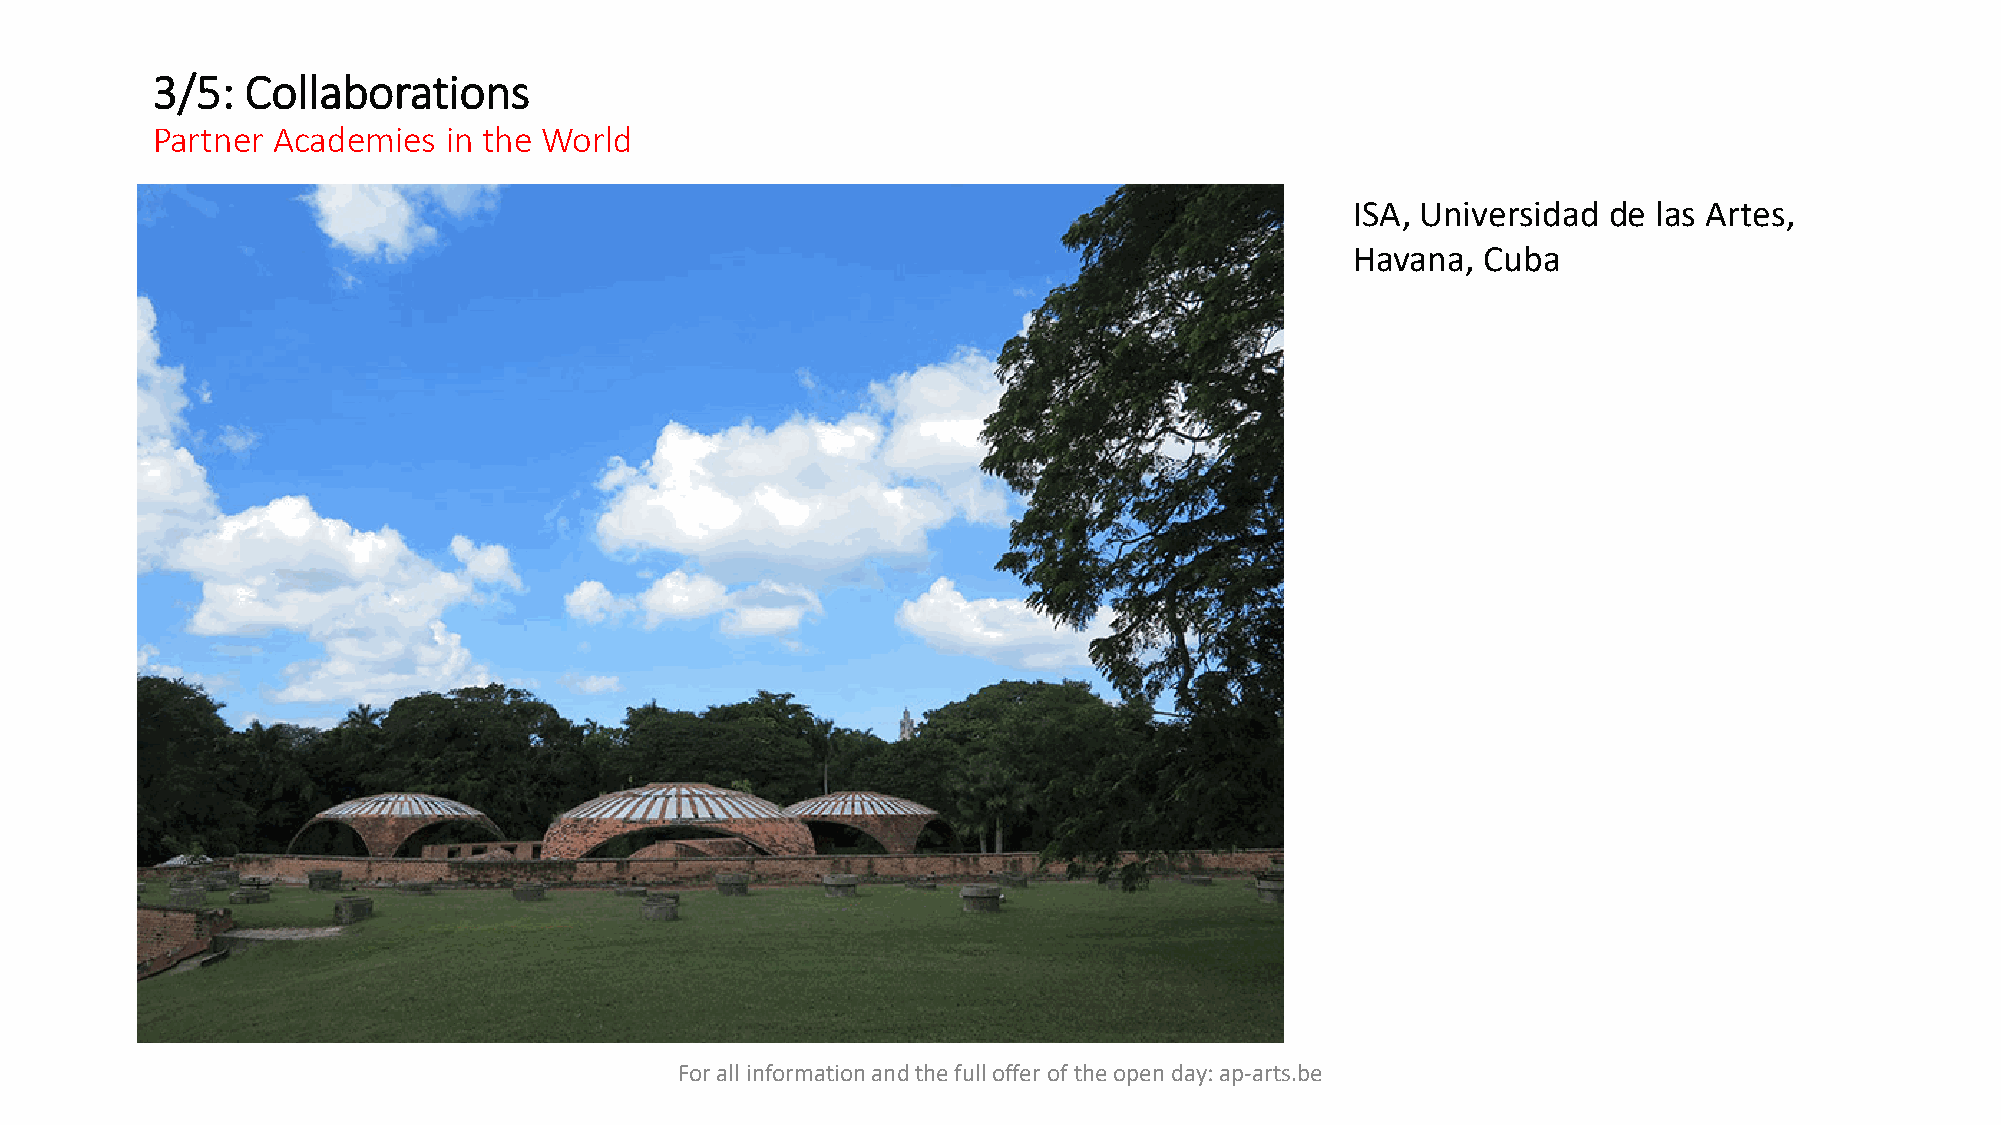
3/5:  Collaborations
 Partner Academies  in the World
 ISA, Universidad de las Artes,
 Havana, Cuba
 For all information and the full offer of the open day: ap-arts.be